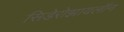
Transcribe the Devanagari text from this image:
सिडेरोझायलॉन